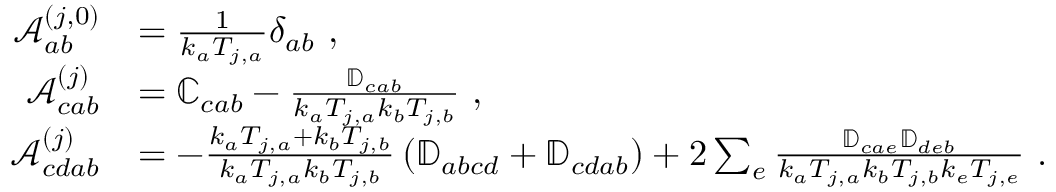
\begin{array} { r l } { \mathcal { A } _ { a b } ^ { ( j , 0 ) } } & { = \frac { 1 } { k _ { a } T _ { j , a } } \delta _ { a b } ~ , } \\ { \mathcal { A } _ { c a b } ^ { ( j ) } } & { = \mathbb { C } _ { c a b } - \frac { \mathbb { D } _ { c a b } } { k _ { a } T _ { j , a } k _ { b } T _ { j , b } } ~ , } \\ { \mathcal { A } _ { c d a b } ^ { ( j ) } } & { = - \frac { k _ { a } T _ { j , a } + k _ { b } T _ { j , b } } { k _ { a } T _ { j , a } k _ { b } T _ { j , b } } \left( \mathbb { D } _ { a b c d } + \mathbb { D } _ { c d a b } \right) + 2 \sum _ { e } \frac { \mathbb { D } _ { c a e } \mathbb { D } _ { d e b } } { k _ { a } T _ { j , a } k _ { b } T _ { j , b } k _ { e } T _ { j , e } } ~ . } \end{array}